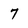
Character: 7